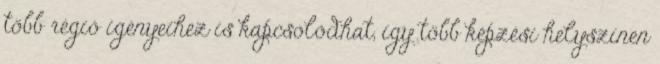
több régió igényeihez is kapcsolódhat, így több képzési helyszínen